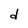
Character: d